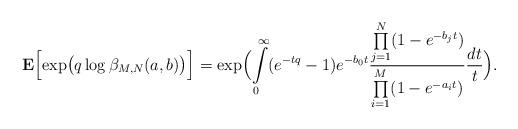
LaTeX: \begin{align*}{\bf E}\Bigl[\exp\bigl(q\log\beta_{M, N}(a,b)\bigr)\Bigr] =\exp\Bigl(\int\limits_0^\infty (e^{-tq}-1) e^{-b_0t} \frac{\prod\limits_{j=1}^N (1-e^{-b_j t})}{\prod\limits_{i=1}^M (1-e^{-a_i t})}\frac{dt}{t} \Bigr).\end{align*}